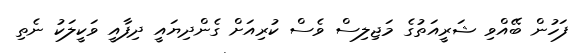
ފަހުން ބޭއްވި ޝަރީއަތުގެ މަޖިލިސް ވެސް ކުރިއަށް ގެންދިޔައީ ދިފާއީ ވަކީލަކު ނެތި